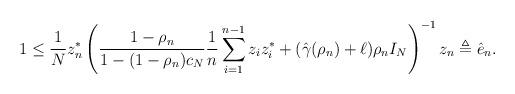
LaTeX: \begin{align*}1&\leq \frac1Nz_n^* \left( \frac{1-\rho_n}{1-(1-\rho_n)c_N} \frac1n\sum_{i=1}^{n-1} z_iz_i^* + ({\hat{\gamma}}(\rho_n)+\ell)\rho_n I_N \right)^{-1} z_n \triangleq \hat{e}_n.\end{align*}